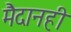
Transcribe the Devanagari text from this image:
मैदानही